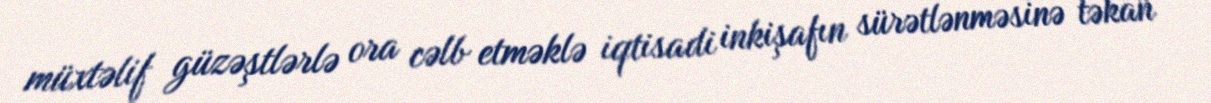
müxtəlif güzəştlərlə ora cəlb etməklə iqtisadi inkişafın sürətlənməsinə təkan